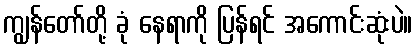
ကျွန်တော်တို့ ခုံ နေရာကို ပြန်ရင် အကောင်းဆုံးပဲ။